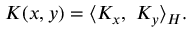
K ( x , y ) = \langle K _ { x } , \ K _ { y } \rangle _ { H } .